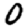
Digit: 0